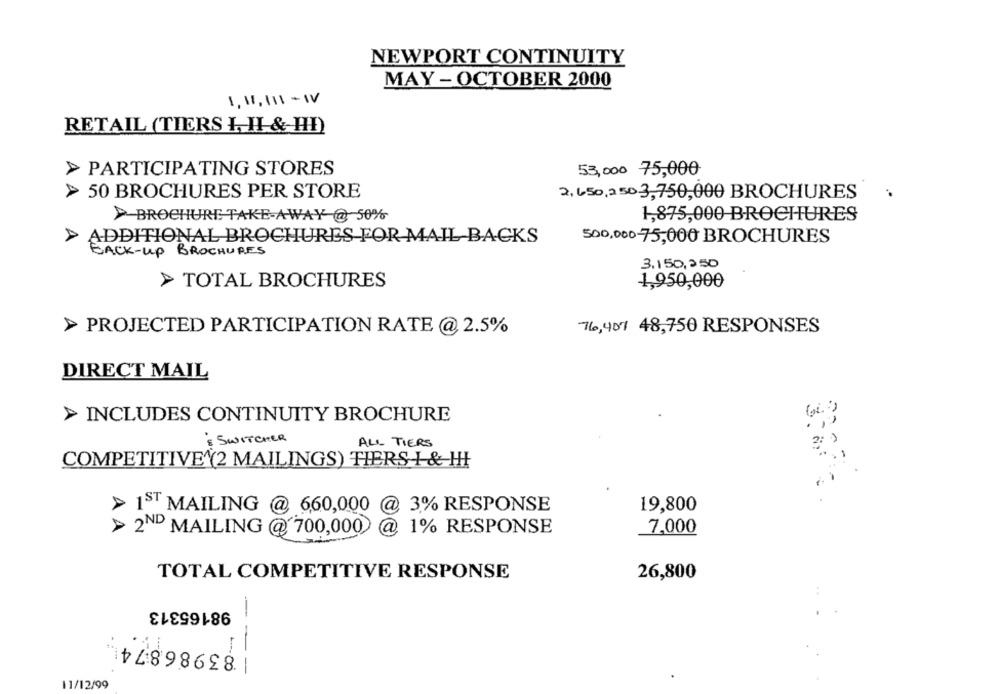
NEWPORT CONTINUITY
MAY - OCTOBER 2000
1, 11, I11 - IV
RETAIL (TIERS I HI & HI)
> PARTICIPATING STORES
53,000 75,000
50 BROCHURES PER STORE
2,650,2503,750,000 BROCHURES
>BROCHURE TAKE-AWAY @ 50%
1,875,000 BROCHURES
ADDITIONAL BROCHURES FOR MAIL BACKS
500,000-75,000 BROCHURES
BACK-UP BROCHURES
3.150,250
> TOTAL BROCHURES
1,950,000
> PROJECTED PARTICIPATION RATE @ 2.5%
76,407 48,750 RESPONSES
DIRECT MAIL
> INCLUDES CONTINUITY BROCHURE
& SWITCHER
ALL TIERS
COMPETITIVE (2 MAILINGS) TIERS I & HHI
19,800
> 1ST MAILING @ 660,000 @ 3% RESPONSE
> 2ND MAILING @ 700,000 @ 1% RESPONSE
7,000
TOTAL COMPETITIVE RESPONSE
26,800
98165313
| 83986874
- --
11/12/99